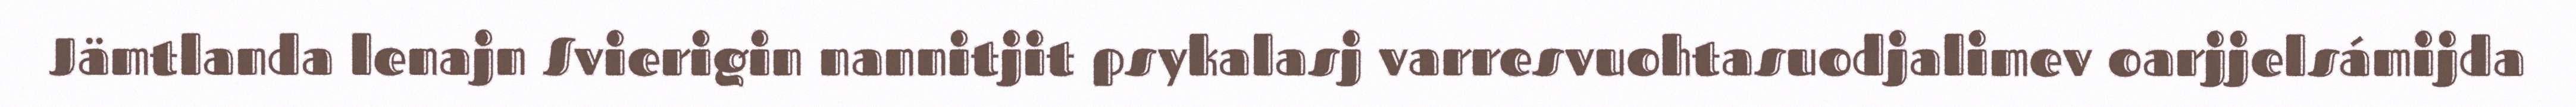
Jämtlanda lenajn Svierigin nannitjit psykalasj varresvuohtasuodjalimev oarjjelsámijda